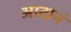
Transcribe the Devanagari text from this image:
आदानं